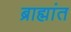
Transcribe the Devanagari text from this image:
ब्राह्मांत